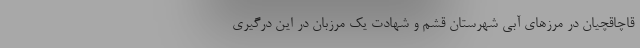
قاچاقچیان در مرزهای آبی شهرستان قشم و شهادت یک مرزبان در این درگیری